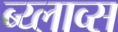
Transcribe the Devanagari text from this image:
ब्य्लाव्स